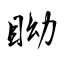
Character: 眑